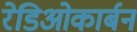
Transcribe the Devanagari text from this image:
रेडिओकार्बन